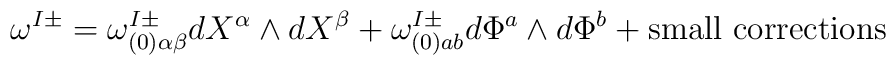
\omega^{I\pm}=\omega_{(0)\alpha\beta}^{I\pm}dX^{\alpha}\wedge dX^{\beta}+\omega_{(0)ab}^{I\pm} d\Phi^a\wedge d\Phi^b+\mbox{small corrections}